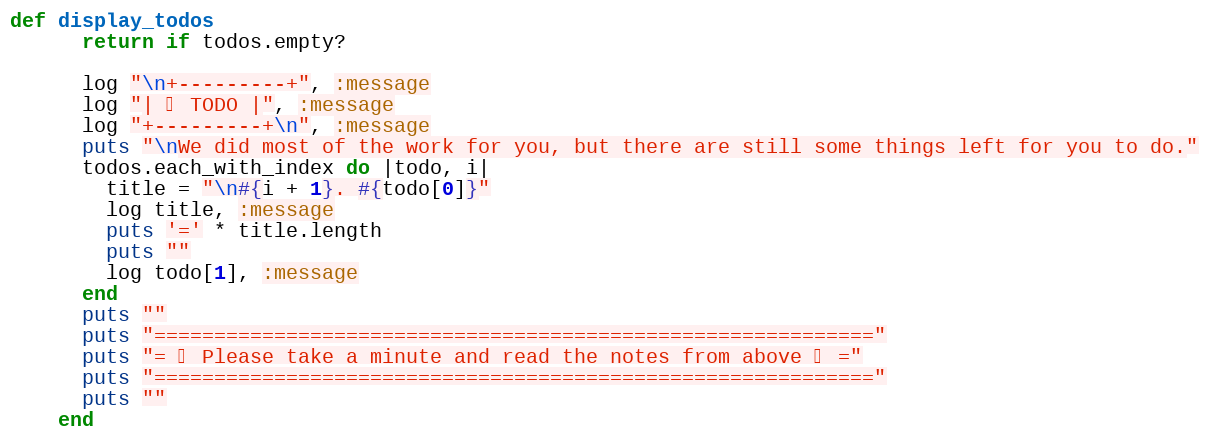
Language: Ruby
def display_todos
      return if todos.empty?

      log "\n+---------+", :message
      log "| 📝 TODO |", :message
      log "+---------+\n", :message
      puts "\nWe did most of the work for you, but there are still some things left for you to do."
      todos.each_with_index do |todo, i|
        title = "\n#{i + 1}. #{todo[0]}"
        log title, :message
        puts '=' * title.length
        puts ""
        log todo[1], :message
      end
      puts ""
      puts "============================================================"
      puts "= ✨ Please take a minute and read the notes from above ✨ ="
      puts "============================================================"
      puts ""
    end